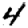
Digit: 4